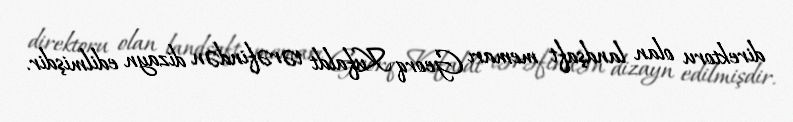
direktoru olan landşaft memarı Georq Kufaldt tərəfindən dizayn edilmişdir.